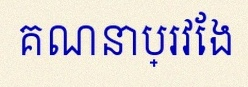
គណនាប្រវែង